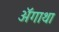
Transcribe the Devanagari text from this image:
ॲगाथा